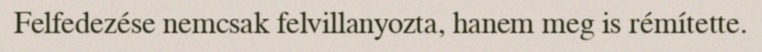
Felfedezése nemcsak felvillanyozta, hanem meg is rémítette.